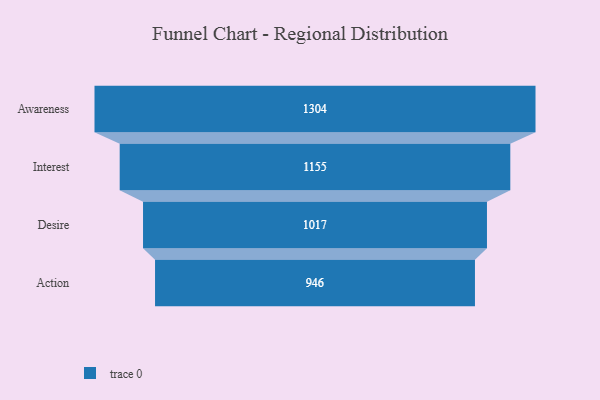
{"axis": {"x": "Stage", "y": "Value"}, "legend": [""], "data": [{"x": "Awareness", "y": 1304.0, "type": ""}, {"x": "Interest", "y": 1155.0, "type": ""}, {"x": "Desire", "y": 1017.0, "type": ""}, {"x": "Action", "y": 946.0, "type": ""}]}